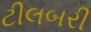
ટીલબરી